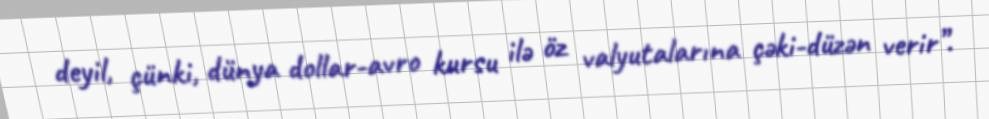
deyil, çünki, dünya dollar-avro kursu ilə öz valyutalarına çəki-düzən verir”.